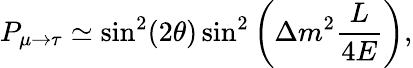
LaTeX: P_{\mu\rightarrow\tau}\simeq\sin^{2}(2\theta)\sin^{2}\left(\Delta m^{2}\frac{L}{4E}\right),